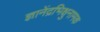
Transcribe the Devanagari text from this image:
ज्ञानेंद्रभिक्षुनामक